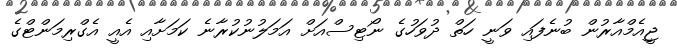
ޖީއެމްއާރުން ބުނެފައި ވަނީ ހަތް ދުވަހުގެ ނޯޓިސްއަށް އަމަލުނުކުރާނެ ކަމަށާއި އެއީ އެގްރިމަންޓްގެ